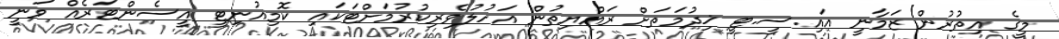
މީގެ އިތުރުން ޒަމާނީ އައި.ސީ.ޓީ ޚިދުމަތަށް ރައްޔިތުން އަހުލުވެރިކުރުމަށްޓަކައި ކޮމިއުނިޓީ އީސެންޓަރެއް ވަނީ